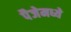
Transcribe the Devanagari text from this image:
पैजेमध्ये